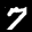
Label: 7